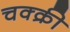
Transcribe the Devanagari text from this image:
चक्क्री